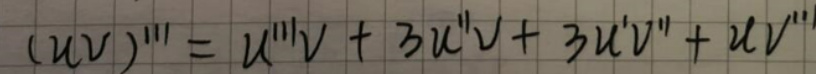
\[ (uv)''' = u'''v + 3u''v + 3u'v'' + uv''' \]